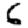
Digit: 6